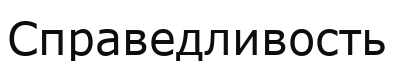
Справедливость